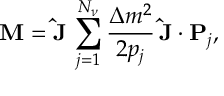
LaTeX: { \bf M } = { \bf \hat { J } } \, \sum _ { j = 1 } ^ { N _ { \nu } } \frac { \Delta m ^ { 2 } } { 2 p _ { j } } \, { \bf \hat { J } } \cdot { \bf P } _ { j } ,